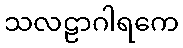
သလဠာဂါရကေ